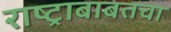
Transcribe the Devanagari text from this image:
राष्ट्राबाबतचा